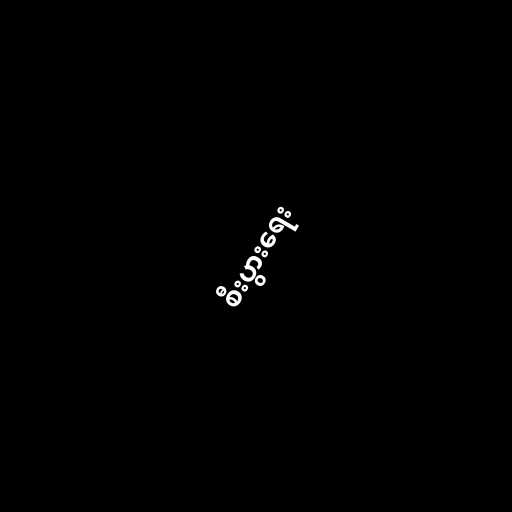
စီးပွားရေး